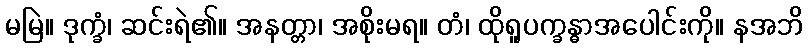
မမြဲ။ ဒုက္ခံ၊ ဆင်းရဲ၏။ အနတ္တာ၊ အစိုးမရ။ တံ၊ ထိုရူပက္ခန္ဓာအပေါင်းကို။ နအဘိ